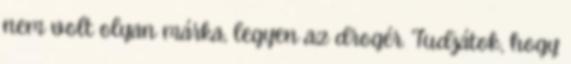
nem volt olyan márka, legyen az drogér. Tudjátok, hogy